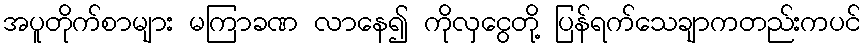
အပူတိုက်စာများ မကြာခဏ လာနေ၍ ကိုလှငွေတို့ ပြန်ရက်သေချာကတည်းကပင်